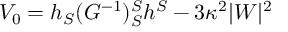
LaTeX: V _ { 0 } = h _ { S } ( G ^ { - 1 } ) _ { S } ^ { S } h ^ { S } - 3 \kappa ^ { 2 } | W | ^ { 2 }